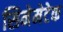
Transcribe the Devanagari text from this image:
सिनेमेटेक